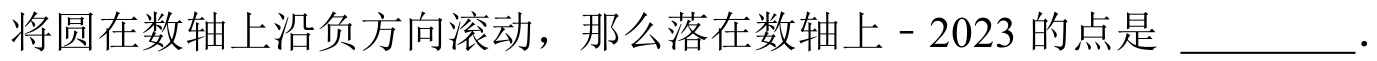
将圆在数轴上沿负方向滚动，那么落在数轴上\(- 2023\)的点是 \_\_\_\_\_．